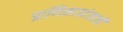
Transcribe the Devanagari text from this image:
प्राणिमात्रांसाठी